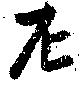
尼